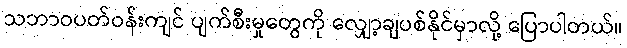
သဘာဝပတ်ဝန်းကျင် ပျက်စီးမှုတွေကို လျှော့ချပစ်နိုင်မှာလို့ ပြောပါတယ်။